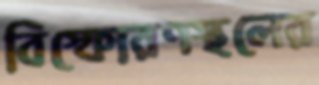
বিস্ফোরণস্থলের